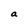
Character: a